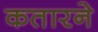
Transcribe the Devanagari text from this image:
कतारने